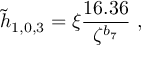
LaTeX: \tilde { h } _ { 1 , 0 , 3 } = \xi \frac { 1 6 . 3 6 } { \zeta ^ { b _ { 7 } } } \ ,